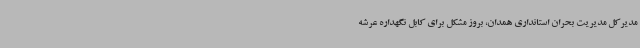
مدیرکل مدیریت بحران استانداری همدان، بروز مشکل برای کابل نگهداره عرشه